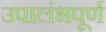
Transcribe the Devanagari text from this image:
उपालंभपूर्ण